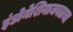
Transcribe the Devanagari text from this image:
इंडोनेशियाजवळचा